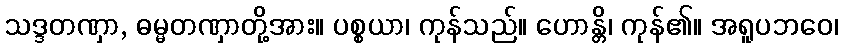
သဒ္ဒတဏှာ, ဓမ္မတဏှာတို့အား။ ပစ္စယာ၊ ကုန်သည်။ ဟောန္တိ၊ ကုန်၏။ အရူပဘဝေ၊